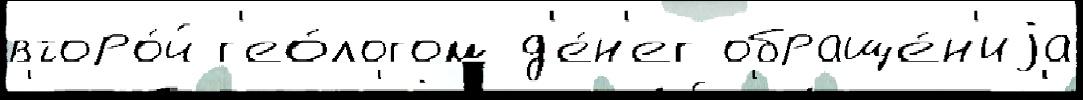
второ́й г'ео́логом д'е́н'ег обраще́н'иjа